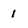
Character: 1